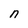
Character: n